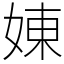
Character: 娻